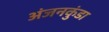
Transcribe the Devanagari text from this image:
अंजनकुंडा